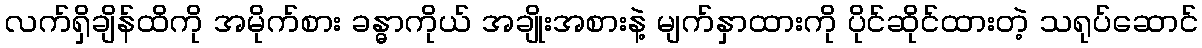
လက်ရှိချိန်ထိကို အမိုက်စား ခန္ဓာကိုယ် အချိုးအစားနဲ့ မျက်နှာထားကို ပိုင်ဆိုင်ထားတဲ့ သရုပ်ဆောင်